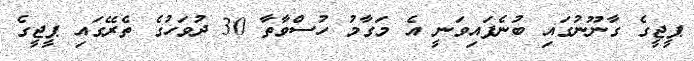
ޕީޖީގެ ގާނޫނުގައި ބުނެފައިވަނީ އެ މަގާމު ހުސްވާތާ 30 ދުވަހުގެ ތެރޭގައި ޕީޖީގެ